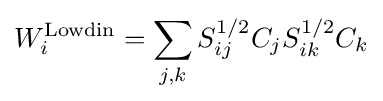
W_{i}^{\text{Lowdin}}=\sum \limits _{j,k}S_{ij}^{1/2}C_{j}S_{ik}^{1/2}C_{k}